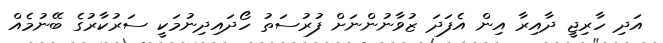
އަދި ހާރިޖީ ދާއިރާ އިން އެފަދަ ޒުވާނުންނަށް ފުރުސަތު ހޯދައިދިނުމަކީ ސަރުކާރުގެ ބޭނުމެއް